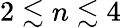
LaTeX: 2\lesssim n\lesssim 4